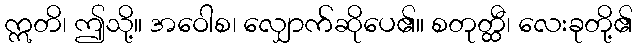
ဣတိ၊ ဤသို့။ အဝေါစ၊ လျှောက်ဆိုပေ၏။ စတုတ္ထီ၊ လေးခုတို့၏